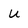
Character: u